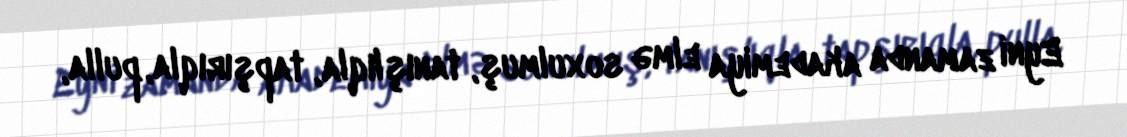
Eyni zamanda akademiya elmə soxulmuş, tanışlıqla, tapşırıqla, pulla,